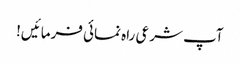
آپ شرعی راہ نمائی فرمائیں!